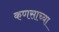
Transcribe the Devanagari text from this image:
कणसाच्या